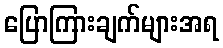
ပြောကြားချက်များအရ